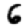
Digit: 6